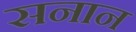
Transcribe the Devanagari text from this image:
सनान